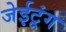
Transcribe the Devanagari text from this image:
जेईटूंग